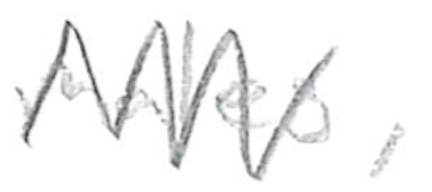
Text: males,
Cross-out: zig-zag
Writing tool: pencil